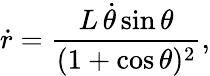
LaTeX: \dot{r}=\frac{L\, \dot{\theta}\sin\theta}{(1+\cos\theta)^{2}},